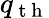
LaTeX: q_{\mathrm{~t~h~}}